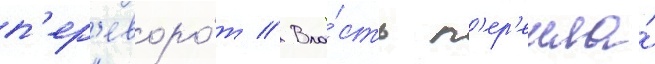
п'ер'еворо́т // Вла́сть п'ер'ешла́